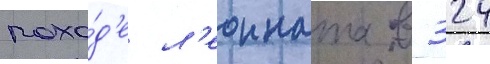
похо́д'е л'еонната в 324